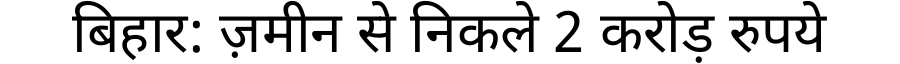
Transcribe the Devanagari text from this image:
बिहार: ज़मीन से निकले 2 करोड़ रुपये